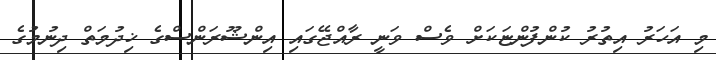
މި އަހަރު އިތުރު ކުންފުންޏަކަށް ވެސް ވަނީ ރާއްޖޭގައި އިންޝޫރަންސްގެ ޚިދުމަތް ދިނުމުގެ